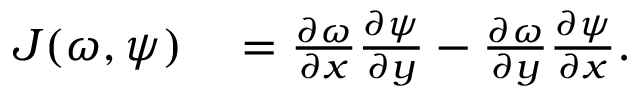
\begin{array} { r l } { J ( \omega , \psi ) } & { { } = \frac { \partial \omega } { \partial x } \frac { \partial \psi } { \partial y } - \frac { \partial \omega } { \partial y } \frac { \partial \psi } { \partial x } . } \end{array}